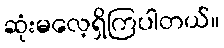
ဆုံးမလေ့ရှိကြပါတယ်။